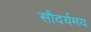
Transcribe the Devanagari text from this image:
सौदर्यमय